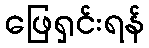
ဖြေရှင်းရန်